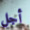
أجل